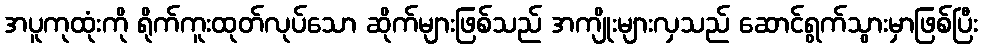
အပူကုထုံးကို ရိုက်ကူးထုတ်လုပ်သော ဆိုက်များဖြစ်သည် အကျိုးများလှသည် ဆောင်ရွက်သွားမှာဖြစ်ပြီး